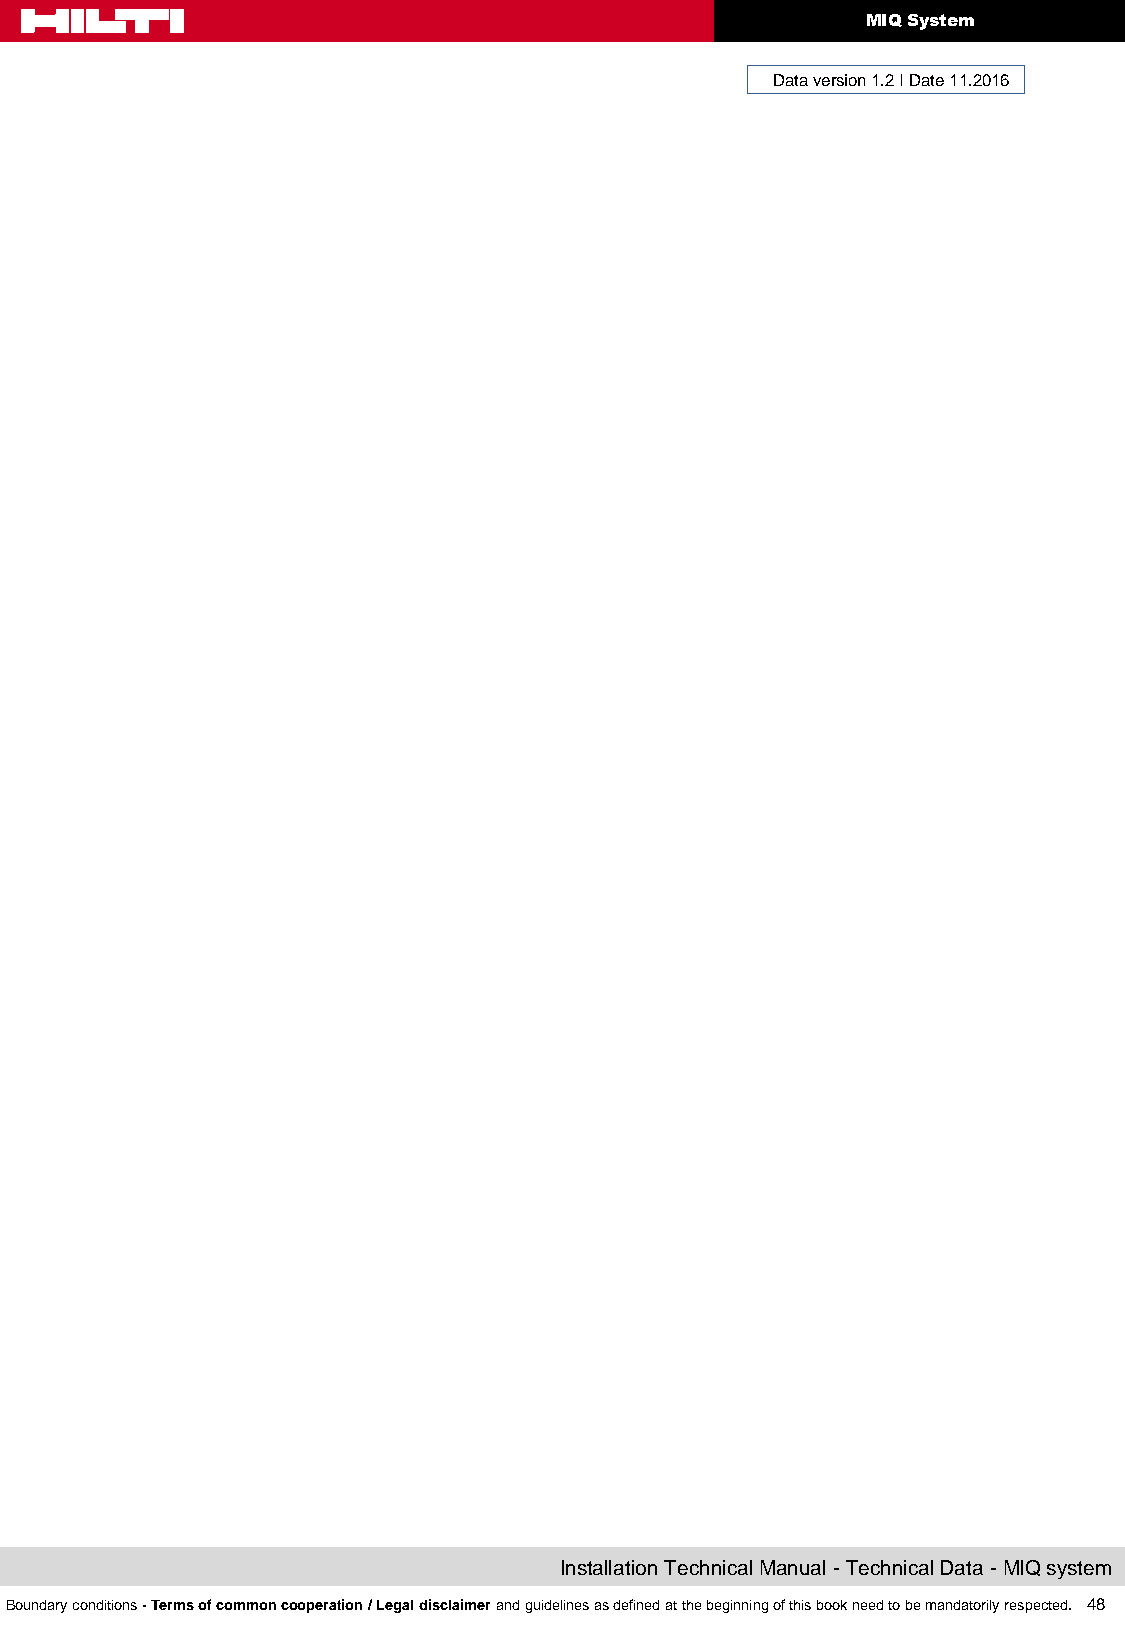
MIQ System
 Data version 1.2 I Date 11.2016
 Installation Technical Manual - Technical Data - MIQ system
 Boundary conditions - Terms of common cooperation / Legal disclaimer and guidelines as defined at the beginning of this book need to be mandatorily respected. 48